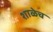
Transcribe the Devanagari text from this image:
शाळेच